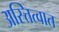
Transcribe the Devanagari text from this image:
अस्त्तित्वात